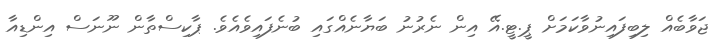
ޖަވާބެއް ލިބިފައިނުވާކަމަށް ޕީ.ޓީ.އޭ އިން ނެރުނު ބަޔާނެއްގައި ބުނެފައިވެއެވެ. ޕާކިސްތާން ނޫނަސް އިންޑިއާ